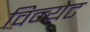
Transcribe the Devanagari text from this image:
विन्येट